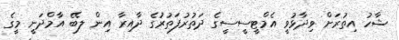
ޝާހު އިތުރަށް ވިދާޅުވީ އެމްޓީސީސީގެ ދަތުރުފަތުރުގެ ދާއިރާ އިން ލބޭ އާމްދަނީ މީގެ